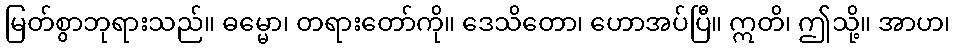
မြတ်စွာဘုရားသည်။ ဓမ္မော၊ တရားတော်ကို။ ဒေသိတော၊ ဟောအပ်ပြီ။ ဣတိ၊ ဤသို့။ အာဟ၊